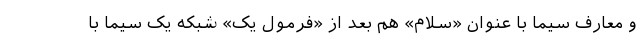
و معارف سیما با عنوان «سلام» هم بعد از «فرمول یک» شبکه یک سیما با